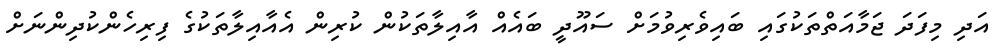
އަދި މިފަދަ ޖަމާއަތްތަކުގައި ބައިވެރިވުމަށް ސައޫދީ ބައެއް އާއިލާތަކުން ކުރިން އެއާއިލާތަކުގެ ފިރިހެންކުދިންނަށް